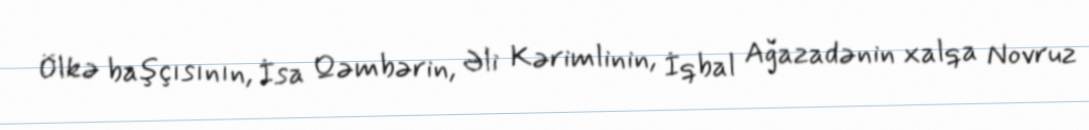
Ölkə başçısının, İsa Qəmbərin, Əli Kərimlinin, İqbal Ağazadənin xalqa Novruz